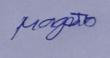
Signature authenticity: genuine